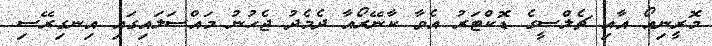
މޮރީނިއޯ އާއި ޗެލްސީގެ ޑޮކްޓަރު އެވާ ކާނޭރޯއާ ދެމެދު ޖެހުނު މައްސަަލަައިގައި އިނގިރޭސި